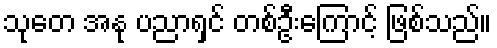
သုတေ အနု ပညာရှင် တစ်ဦးကြောင့် ဖြစ်သည်။